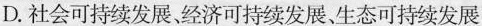
D.社会可持续发展、经济可持续发展、生态可持续发展